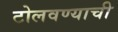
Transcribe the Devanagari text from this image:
टोलवण्याची